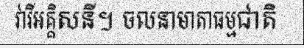
វារីអគ្គិសនី។ ចលនាមាតាធម្មជាតិ